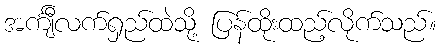
အင်္ကျီလက်ရှည်ထဲသို့ ပြန်ထိုးထည့်လိုက်သည်။